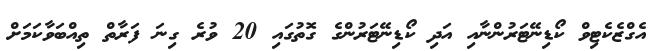
އެގްޒެކެޓިވް ކޯޑިނޭޓަރުންނާއި އަދި ކޯޑިނޭޓަރުންގެ ގޮތުގައި 20 ވުރެ ގިނަ ފަރާތް ތިއްބަވާކަމަށް